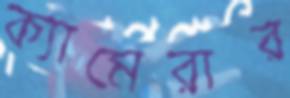
ক্যামেরার